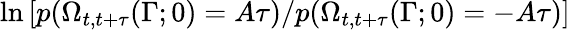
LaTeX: \ln\left[p(\Omega_{t,t+\tau}(\Gamma;0)=A\tau)/p(\Omega_{t,t+\tau}(\Gamma;0)=-A\tau)\right]